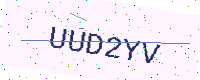
Text: UUD2YV